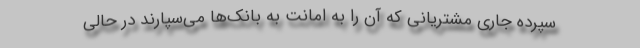
سپرده جاری مشتریانی که آن را به امانت به بانک‌ها می‌سپارند در حالی